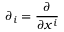
\partial _ { i } = \frac { \partial } { \partial x ^ { i } }